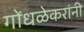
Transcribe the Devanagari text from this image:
गोंधळेकरांनी